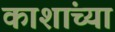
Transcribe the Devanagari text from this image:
काशांच्या